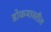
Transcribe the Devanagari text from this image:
डोकयावरील